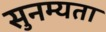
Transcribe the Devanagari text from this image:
सुनम्यता